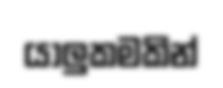
යාලුකමකින්